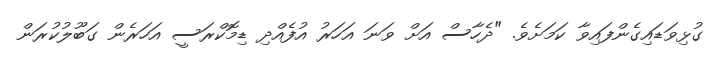
ގުޅިވަޑައިގެންފައިވާ ކަމަށެވެ. "ދެހާސް އަށް ވަނަ އަހަރު އުފެެއްދި ޑިމޮކްރަސީ އަހަރެން ގަބޫލުކުރަން